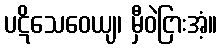
ပဋိသေဝေယျ၊ မှီဝဲငြားအံ့။